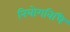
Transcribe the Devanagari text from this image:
नियोगविधि